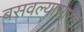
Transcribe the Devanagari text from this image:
बसवल्यासारखा